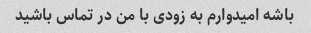
باشه امیدوارم به زودی با من در تماس باشید